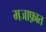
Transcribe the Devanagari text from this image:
मजाफ़ात